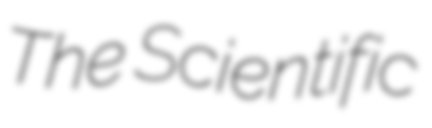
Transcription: The Scientific